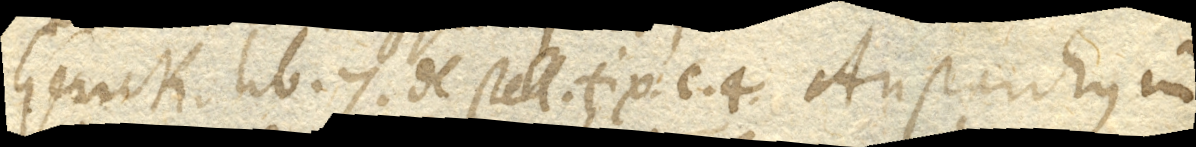
Gerick. lib. 7. De stell. fix. c. 3. Aristarchus in